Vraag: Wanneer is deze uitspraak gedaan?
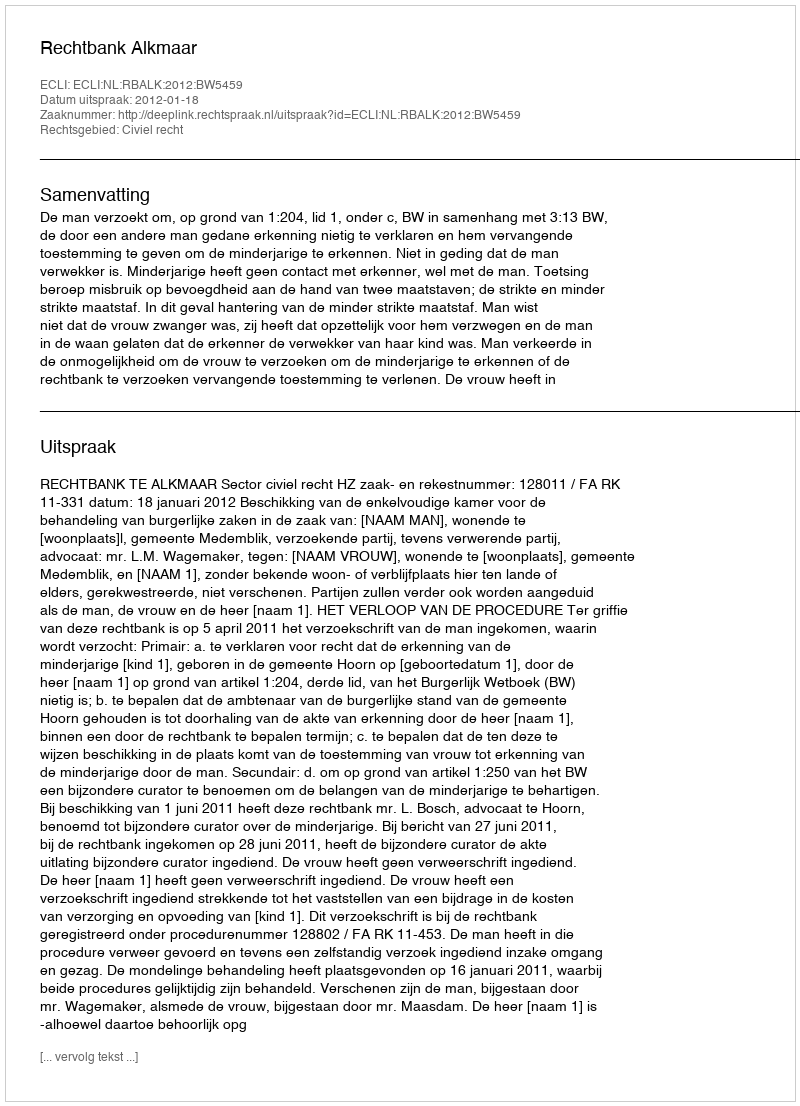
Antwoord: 2012-01-18